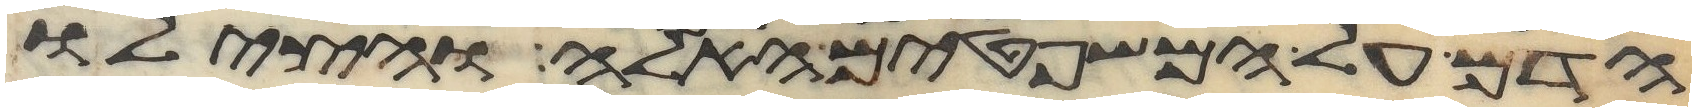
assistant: הדם על המשפטים האלה והצילו